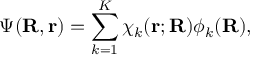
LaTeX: \Psi ( \mathbf { R } , \mathbf { r } ) = \sum _ { k = 1 } ^ { K } \chi _ { k } ( \mathbf { r } ; \mathbf { R } ) \phi _ { k } ( \mathbf { R } ) ,